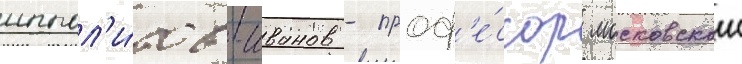
иппол'и́тов-иванов - проф'е́ссор московскои